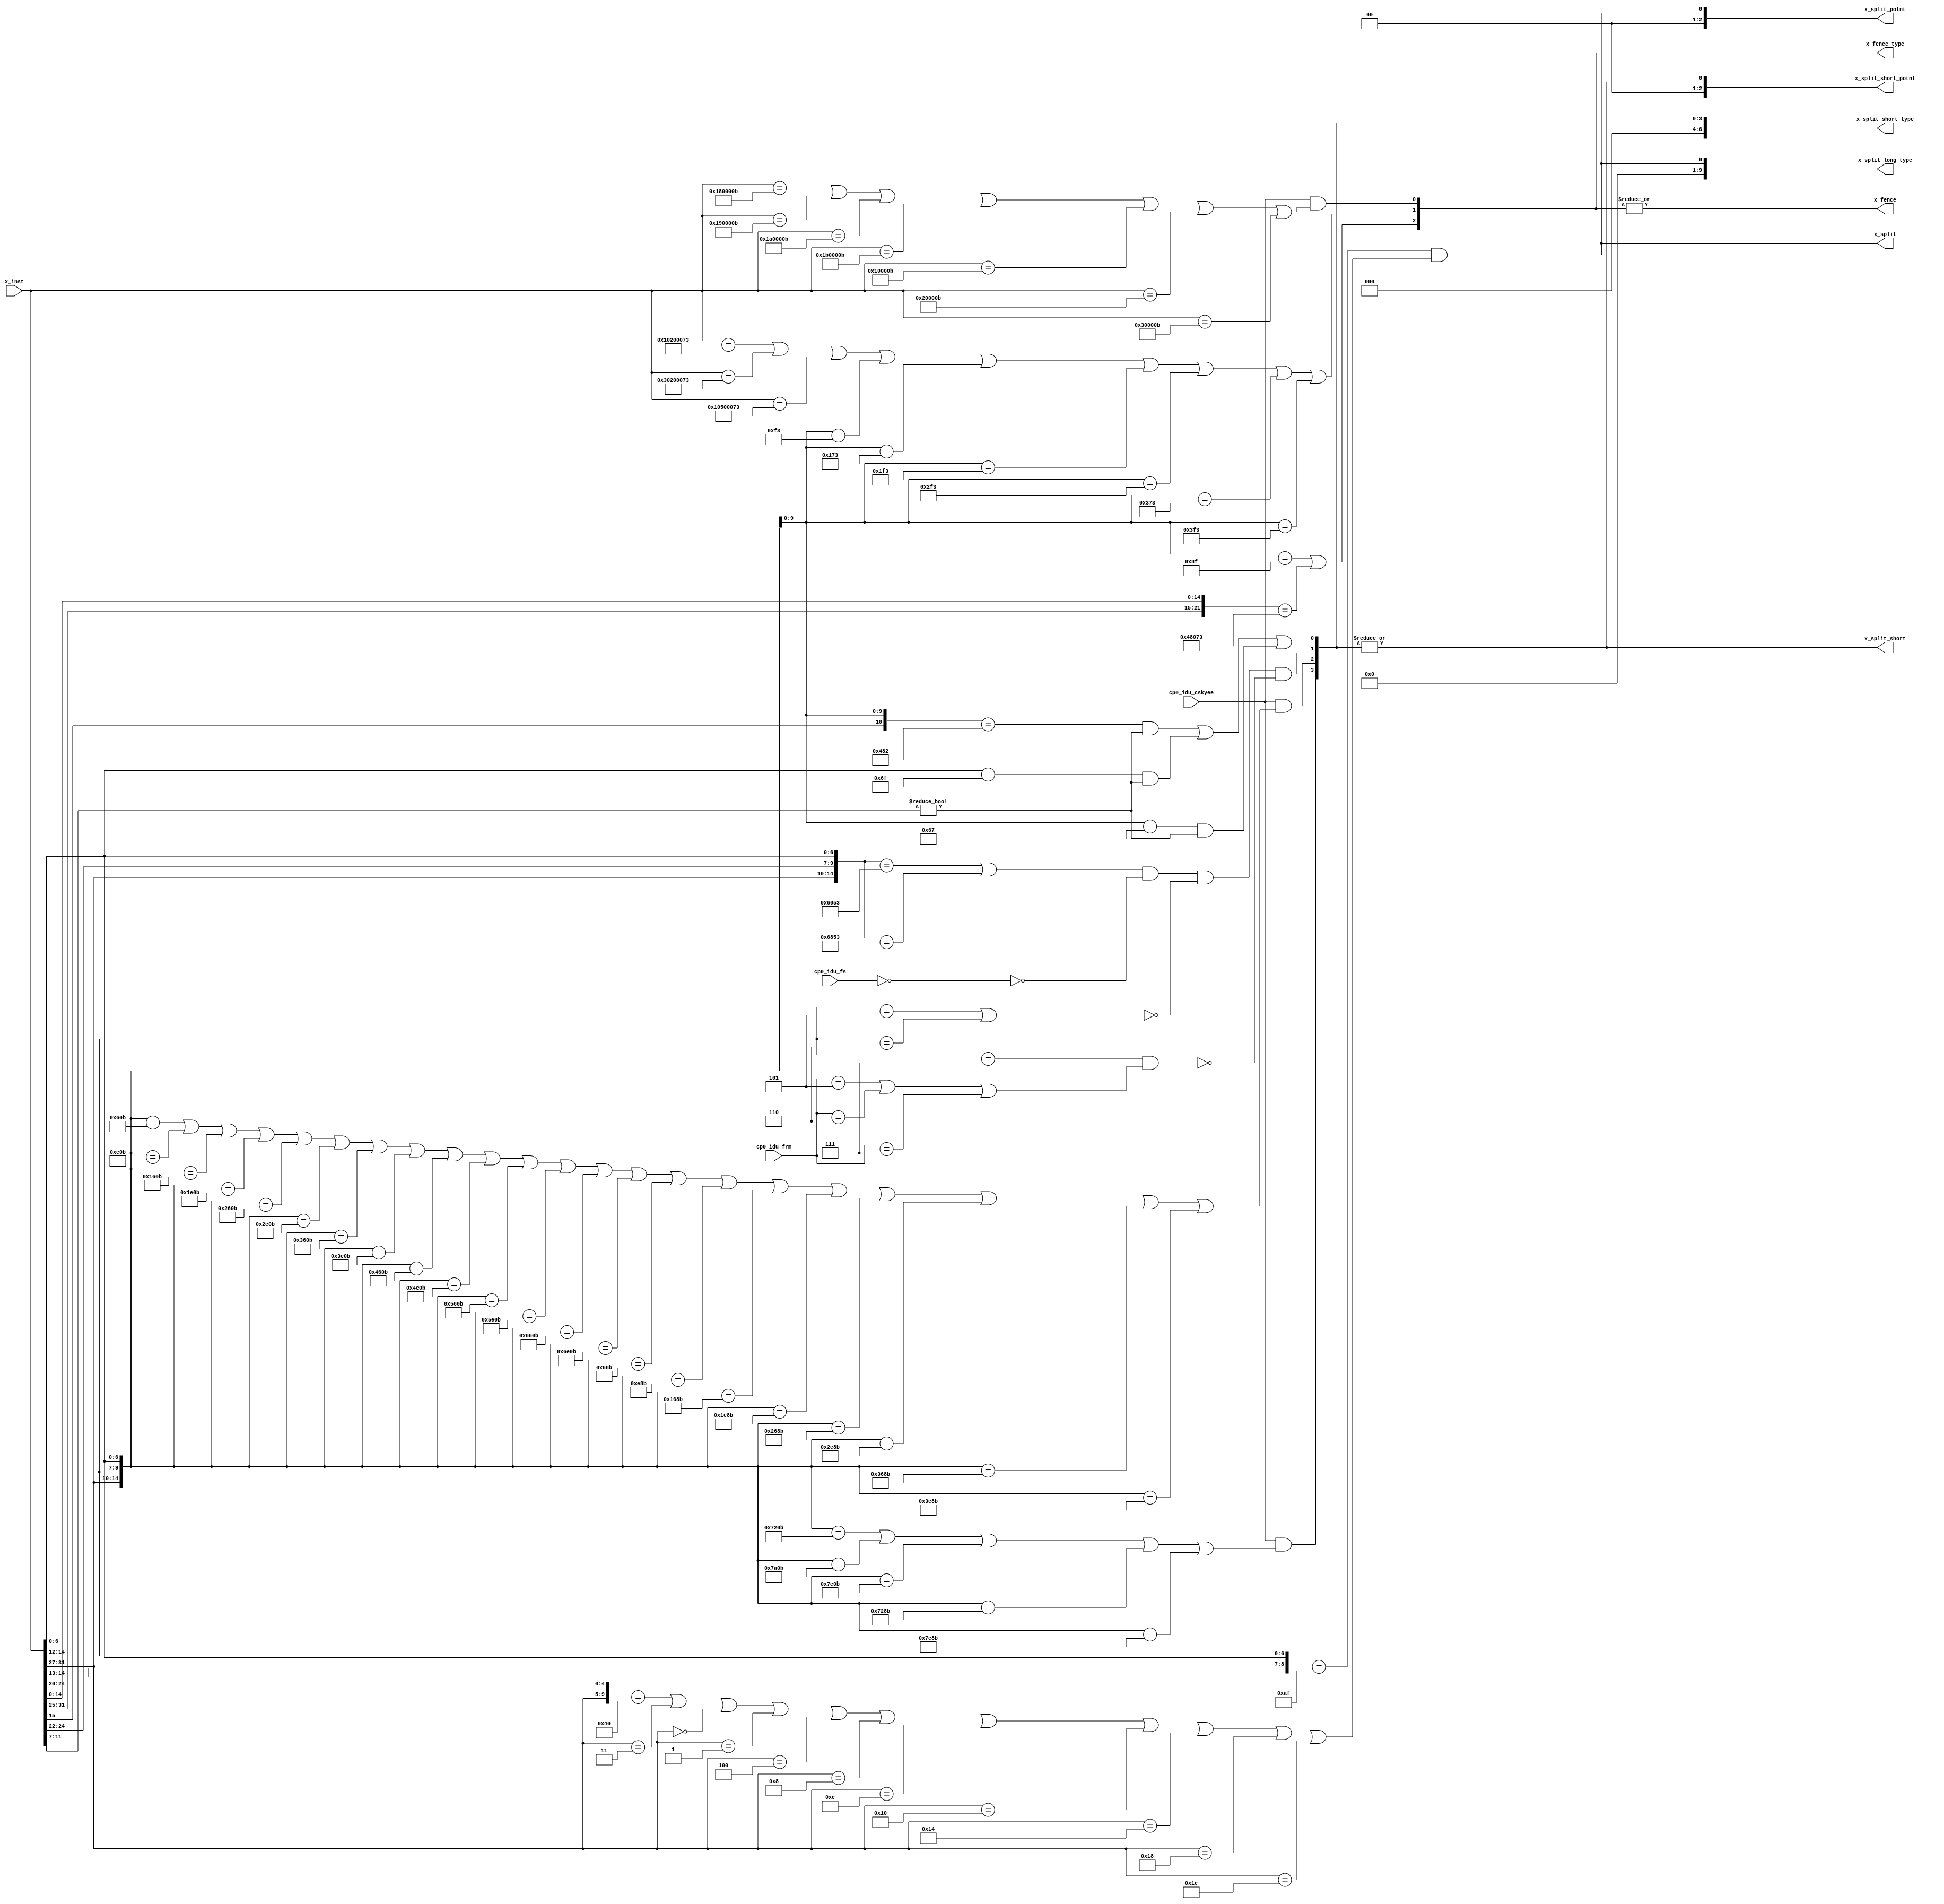
/*Copyright 2019-2021 T-Head Semiconductor Co., Ltd.

Licensed under the Apache License, Version 2.0 (the "License");
you may not use this file except in compliance with the License.
You may obtain a copy of the License at

    http://www.apache.org/licenses/LICENSE-2.0

Unless required by applicable law or agreed to in writing, software
distributed under the License is distributed on an "AS IS" BASIS,
WITHOUT WARRANTIES OR CONDITIONS OF ANY KIND, either express or implied.
See the License for the specific language governing permissions and
limitations under the License.
*/

// &ModuleBeg; @25
module ct_idu_id_decd_special(
  cp0_idu_cskyee,
  cp0_idu_frm,
  cp0_idu_fs,
  x_fence,
  x_fence_type,
  x_inst,
  x_split,
  x_split_long_type,
  x_split_potnt,
  x_split_short,
  x_split_short_potnt,
  x_split_short_type
);

// &Ports; @26
input           cp0_idu_cskyee;     
input   [2 :0]  cp0_idu_frm;        
input   [1 :0]  cp0_idu_fs;         
input   [31:0]  x_inst;             
output          x_fence;            
output  [2 :0]  x_fence_type;       
output          x_split;            
output  [9 :0]  x_split_long_type;  
output  [2 :0]  x_split_potnt;      
output          x_split_short;      
output  [2 :0]  x_split_short_potnt; 
output  [6 :0]  x_split_short_type; 

// &Regs; @27

// &Wires; @28
wire            cp0_idu_cskyee;     
wire    [2 :0]  cp0_idu_frm;        
wire    [1 :0]  cp0_idu_fs;         
wire            hfence_inst;        
wire            x_fence;            
wire    [2 :0]  x_fence_type;       
wire    [31:0]  x_inst;             
wire            x_split;            
wire    [9 :0]  x_split_long_type;  
wire    [2 :0]  x_split_potnt;      
wire            x_split_short;      
wire    [2 :0]  x_split_short_potnt; 
wire    [6 :0]  x_split_short_type; 



// &Force("bus","x_inst",31,0); @31
//==========================================================
//                 Decode Split Short Type
//==========================================================
// &Force("output","x_split_short_type"); @35
//----------------------------------------------------------
//                 Instruction Split Short
//----------------------------------------------------------
assign x_split_short   = |x_split_short_type[6:0];

//----------------------------------------------------------
//                      jal with dest
//----------------------------------------------------------
assign x_split_short_type[0] = ({x_inst[15:12], x_inst[6:0]} == 11'b1001_0000010)
                               && (x_inst[11:7] != 5'd0) //c.jalr
                            || (x_inst[6:0] == 7'b1101111)
                               && (x_inst[11:7] != 5'd0) //jalr
                            || ({x_inst[14:12],x_inst[6:0]} == 10'b000_1100111)
                               && (x_inst[11:7] != 5'd0); //jalr

//----------------------------------------------------------
//                  FP compare and convert
//----------------------------------------------------------
assign x_split_short_type[1] = ( ({x_inst[31:27],x_inst[24:22],x_inst[6:0]} == 15'b11000_000_1010011)
                               || ({x_inst[31:27],x_inst[24:22],x_inst[6:0]} == 15'b11010_000_1010011))
                            && !(cp0_idu_fs[1:0] == 2'b00)                                //fs bit   
                            && !((x_inst[14:12] == 3'b101) || (x_inst[14:12] == 3'b110))  //illegal
                            && !((x_inst[14:12] == 3'b111)
                                  && ((cp0_idu_frm[2:0] == 3'b101)
                                      ||(cp0_idu_frm[2:0] == 3'b110)
                                      ||(cp0_idu_frm[2:0] == 3'b111)));

//----------------------------------------------------------
//                  Indexed Load and Store
//----------------------------------------------------------
assign x_split_short_type[2] =
  cp0_idu_cskyee
  && (({x_inst[31:27],x_inst[14:12],x_inst[6:0]} == 15'b00001_100_0001011) //lbib
   || ({x_inst[31:27],x_inst[14:12],x_inst[6:0]} == 15'b00011_100_0001011) //lbia
   || ({x_inst[31:27],x_inst[14:12],x_inst[6:0]} == 15'b00101_100_0001011) //lhib
   || ({x_inst[31:27],x_inst[14:12],x_inst[6:0]} == 15'b00111_100_0001011) //lhia
   || ({x_inst[31:27],x_inst[14:12],x_inst[6:0]} == 15'b01001_100_0001011) //lwib
   || ({x_inst[31:27],x_inst[14:12],x_inst[6:0]} == 15'b01011_100_0001011) //lwia
   || ({x_inst[31:27],x_inst[14:12],x_inst[6:0]} == 15'b01101_100_0001011) //ldib
   || ({x_inst[31:27],x_inst[14:12],x_inst[6:0]} == 15'b01111_100_0001011) //ldia
   || ({x_inst[31:27],x_inst[14:12],x_inst[6:0]} == 15'b10001_100_0001011) //lbuib
   || ({x_inst[31:27],x_inst[14:12],x_inst[6:0]} == 15'b10011_100_0001011) //lbuia
   || ({x_inst[31:27],x_inst[14:12],x_inst[6:0]} == 15'b10101_100_0001011) //lhuib
   || ({x_inst[31:27],x_inst[14:12],x_inst[6:0]} == 15'b10111_100_0001011) //lhuia
   || ({x_inst[31:27],x_inst[14:12],x_inst[6:0]} == 15'b11001_100_0001011) //lwuib
   || ({x_inst[31:27],x_inst[14:12],x_inst[6:0]} == 15'b11011_100_0001011) //lwuia
   || ({x_inst[31:27],x_inst[14:12],x_inst[6:0]} == 15'b00001_101_0001011) //sbib
   || ({x_inst[31:27],x_inst[14:12],x_inst[6:0]} == 15'b00011_101_0001011) //sbia
   || ({x_inst[31:27],x_inst[14:12],x_inst[6:0]} == 15'b00101_101_0001011) //shib
   || ({x_inst[31:27],x_inst[14:12],x_inst[6:0]} == 15'b00111_101_0001011) //shia
   || ({x_inst[31:27],x_inst[14:12],x_inst[6:0]} == 15'b01001_101_0001011) //swib
   || ({x_inst[31:27],x_inst[14:12],x_inst[6:0]} == 15'b01011_101_0001011) //swia
   || ({x_inst[31:27],x_inst[14:12],x_inst[6:0]} == 15'b01101_101_0001011) //sdib
   || ({x_inst[31:27],x_inst[14:12],x_inst[6:0]} == 15'b01111_101_0001011));//sdia

//----------------------------------------------------------
//                  Indexed Load and Store
//----------------------------------------------------------
assign x_split_short_type[3] =
  cp0_idu_cskyee
  && (({x_inst[31:27],x_inst[14:12],x_inst[6:0]} == 15'b11100_100_0001011) //lwd
   || ({x_inst[31:27],x_inst[14:12],x_inst[6:0]} == 15'b11110_100_0001011) //lwud
   || ({x_inst[31:27],x_inst[14:12],x_inst[6:0]} == 15'b11111_100_0001011) //ldd
   || ({x_inst[31:27],x_inst[14:12],x_inst[6:0]} == 15'b11100_101_0001011) //swd
   || ({x_inst[31:27],x_inst[14:12],x_inst[6:0]} == 15'b11111_101_0001011));//sdd


assign x_split_short_potnt[0]   = |x_split_short_type[3:0];
assign x_split_short_potnt[2:1] = 2'b0;
assign x_split_short_type[6:4]  = 3'b0;
//==========================================================
//                 Decode Split long Type
//==========================================================
// &Force("output","x_split_long_type"); @314
//----------------------------------------------------------
//                Instruction Split Long
//----------------------------------------------------------
assign x_split         = |x_split_long_type[9:0];

//----------------------------------------------------------
//               Atomic Load / Store / AMO
//----------------------------------------------------------
assign x_split_long_type[0] = ({x_inst[14:13],x_inst[6:0]} == 9'b01_0101111)
                              && (({x_inst[31:27],x_inst[24:20]}
                                   == 10'b00010_00000) //lr.w/d
                               || (x_inst[31:27] == 5'b00011) //sc.w/d
                               || (x_inst[31:27] == 5'b00000) //amoadd.w/d
                               || (x_inst[31:27] == 5'b00001) //amoswap.w/d
                               || (x_inst[31:27] == 5'b00100) //amoxor.w/d
                               || (x_inst[31:27] == 5'b01000) //amoor.w/d
                               || (x_inst[31:27] == 5'b01100) //amoand.w/d
                               || (x_inst[31:27] == 5'b10000) //amomin.w/d
                               || (x_inst[31:27] == 5'b10100) //amomax.w/d
                               || (x_inst[31:27] == 5'b11000) //amominu.w/d
                               || (x_inst[31:27] == 5'b11100)); //amomaxu.w/d

assign x_split_potnt[0]     = x_split_long_type[0];
assign x_split_potnt[2:1]   = 2'b0;
assign x_split_long_type[1] = 1'b0;//normal vector inst
assign x_split_long_type[2] = 1'b0;//permute inst
assign x_split_long_type[3] = 1'b0;//vfreduction inst
assign x_split_long_type[4] = 1'b0;//stride vec load store inst
assign x_split_long_type[5] = 1'b0;//index vec load store inst
assign x_split_long_type[6] = 1'b0;//vector amo
assign x_split_long_type[7] = 1'b0;//zvlsseg unit
assign x_split_long_type[8] = 1'b0;//zvlsseg stride
assign x_split_long_type[9] = 1'b0;//zvlsseg index
//==========================================================
//                Decode Fence Instruction
//==========================================================
// &Force("output","x_fence_type"); @431
//----------------------------------------------------------
//                   Instruction Fence
//----------------------------------------------------------
assign x_fence         = |x_fence_type[2:0];

//----------------------------------------------------------
//                   Fence.i Instruction
//----------------------------------------------------------
assign x_fence_type[0] = cp0_idu_cskyee
                      && ((x_inst[31:0] == 32'h0180000b)  //sync
                       || (x_inst[31:0] == 32'h0190000b)  //sync.s
                       || (x_inst[31:0] == 32'h01a0000b)  //sync.i
                       || (x_inst[31:0] == 32'h01b0000b)  //sync.is
                       || (x_inst[31:0] == 32'h0010000b)  //dcache.call
                       || (x_inst[31:0] == 32'h0020000b)  //dcache.iall
                       || (x_inst[31:0] == 32'h0030000b));//dcache.ciall

//----------------------------------------------------------
//                    CP0 Instruction
//----------------------------------------------------------
assign x_fence_type[1] = (x_inst[31:0] == 32'h10200073) //sret
//                      || (x_inst[31:0] == 32'h00000073) //ecall
//                      || (x_inst[31:0] == 32'h00100073) //ebreak
                      || (x_inst[31:0] == 32'h30200073) //mret
                      || (x_inst[31:0] == 32'h10500073) //wfi
//                      || (x_inst[15:0] == 16'h9002) //c.ebreak
                      || ({x_inst[14:12],x_inst[6:0]} == 10'b001_1110011) //csrrw
                      || ({x_inst[14:12],x_inst[6:0]} == 10'b010_1110011) //csrrs
                      || ({x_inst[14:12],x_inst[6:0]} == 10'b011_1110011) //csrrc
                      || ({x_inst[14:12],x_inst[6:0]} == 10'b101_1110011) //csrwi
                      || ({x_inst[14:12],x_inst[6:0]} == 10'b110_1110011) //csrsi
                      || ({x_inst[14:12],x_inst[6:0]} == 10'b111_1110011); //csrci

//----------------------------------------------------------
//                   sfence Instruction
//----------------------------------------------------------
assign hfence_inst = 1'b0;
assign x_fence_type[2] = ({x_inst[14:12],x_inst[6:0]} == 10'b001_0001111) //fence.i
                      || ({x_inst[31:25],x_inst[14:0]}
                         == 22'b0001001_000000001110011) //sfence.vma
                      || hfence_inst;


// &ModuleEnd; @484
endmodule